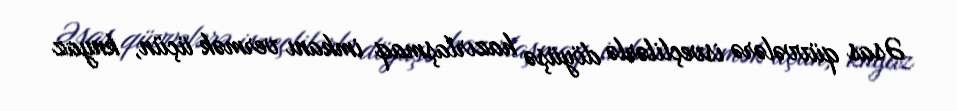
Əsas qüvvələrə isveçlilərlə döyüşə hazırlaşmaq imkanı vermək üçün, knyaz